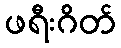
ဖရီးဂိတ်